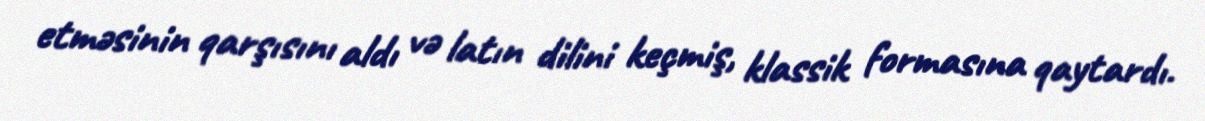
etməsinin qarşısını aldı və latın dilini keçmiş, klassik formasına qaytardı.